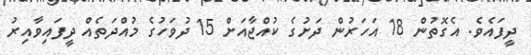
ދީފައެވެ. އެގޮތުން 18 އަހަރުން ދަށުގެ ކުއްޖާއަށް 15 ދުވަހުގެ މުއްދަތެއް ދީފައިވާއިރު